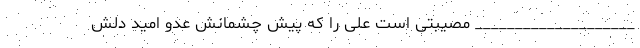
____________________ مصیبتی است علی را که پیش چشمانش عدو امید دلش